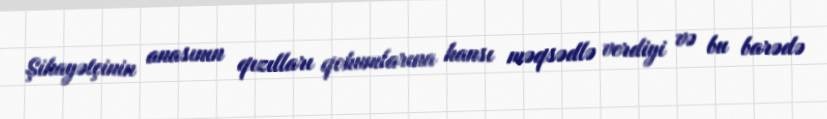
Şikayətçinin anasının qızılları qohumlarına hansı məqsədlə verdiyi və bu barədə